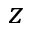
z